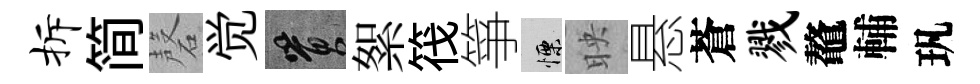
拆简磬觉篔絮筏箏慄映悬蒼戮鼇輔㺬